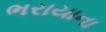
ભરાયાના